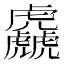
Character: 𱿗